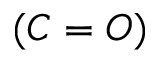
( C = O )